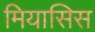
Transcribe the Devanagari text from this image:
मियासिस